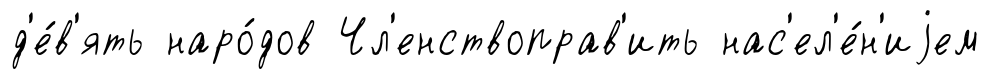
д'е́в'ять наро́дов Чл'енствоправ'ить нас'ел'е́н'иjем